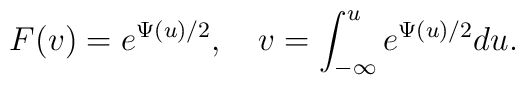
F(v)=e^{\Psi(u)/2},\quad v=\int_{-\infty}^u e^{\Psi(u)/2} du.